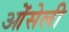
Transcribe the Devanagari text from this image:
ओंसेली